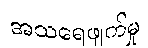
အသရေဖျက်မှု